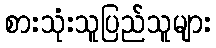
စားသုံးသူပြည်သူများ